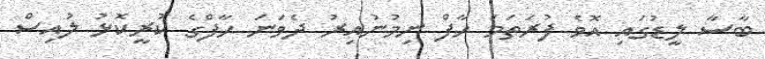
ބާސާ ލީޑުގައި އޮވެ ފުރަތަމަ ހާފް ނިމުނުއިރު ދެވަނަ ހާފްގެ ކުރީކޮޅު ލުއިސް